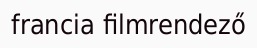
francia filmrendező